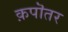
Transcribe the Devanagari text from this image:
क़पॊतर